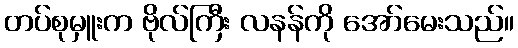
တပ်စုမှူးက ဗိုလ်ကြီး လနန်ကို အော်မေးသည်။